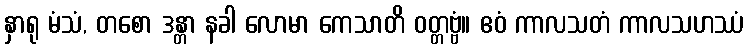
နှာရု မံသံ, တစော ဒန္တာ နခါ လောမာ ကေသာတိ ဝတ္တဗ္ဗံ။ ဧဝံ ကာလသတံ ကာလသဟဿံ